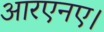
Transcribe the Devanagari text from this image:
आरएनए।